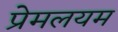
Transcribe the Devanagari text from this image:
प्रेमलयम